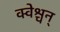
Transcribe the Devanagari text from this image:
क्वेश्चन्‌